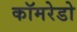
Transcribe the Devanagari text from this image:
कॉमरेडो